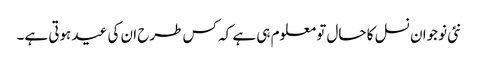
نئی نوجوان نسل کا حال تو معلوم ہی ہے کہ کس طرح ان کی عید ہوتی ہے۔